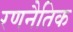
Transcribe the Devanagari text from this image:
रणनैतिक